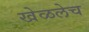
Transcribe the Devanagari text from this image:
खेळलेच